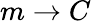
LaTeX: m\rightarrow C